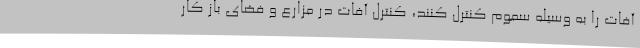
آفات را به وسیله سموم کنترل کنند، کنترل آفات در مزارع و فضای باز کار